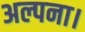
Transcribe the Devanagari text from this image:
अल्पना।